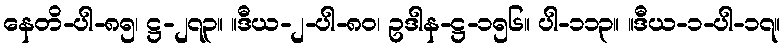
နေတိ-ပါ-၈၅၊ ဋ္ဌ-၂၇၃။ ။ဒီယ-၂-ပါ-၈၀၊ ဥဒါန-ဋ္ဌ-၁၅၆။ ပါ-၁၁၃။ ။ဒီယ-၁-ပါ-၁၇။